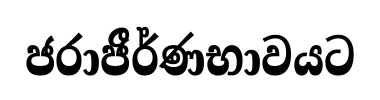
ජරාජීර්ණභාවයට